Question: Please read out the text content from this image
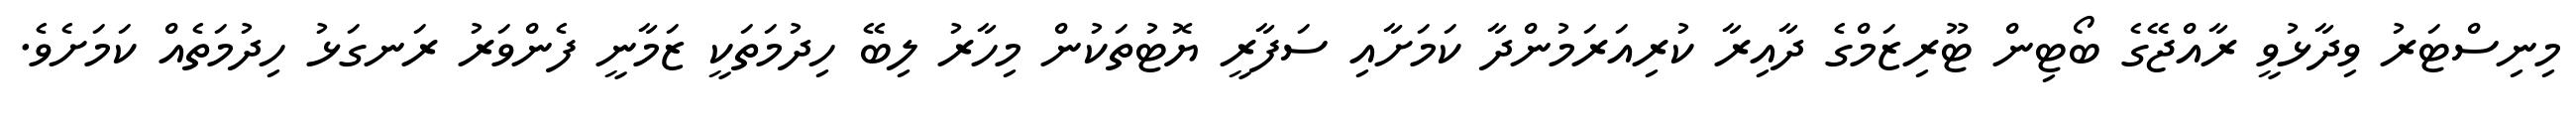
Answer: މިނިސްޓަރު ވިދާޅުވީ ރާއްޖޭގެ ބޯޓިން ޓޫރިޒަމްގެ ދާއިރާ ކުރިއަރަމުންދާ ކަމަށާއި ސަފާރީ ޔޮޓުތަކުން މިހާރު ލިބޭ ހިދުމަތަކީ ޒަމާނީ ފެންވަރު ރަނގަޅު ހިދުމަތެއް ކަމަށެވެ.